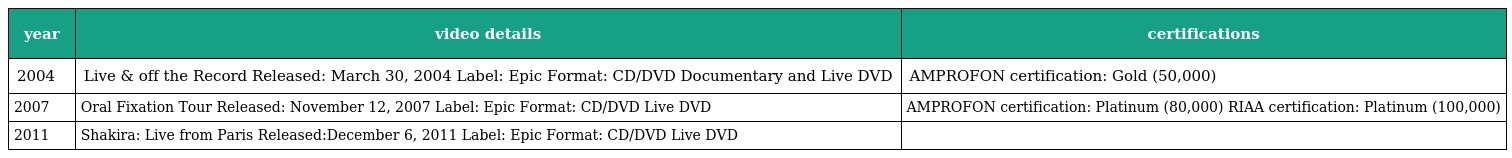
| year | video details | certifications |
 | --- | --- | --- |
 | 2004 | Live & off the Record Released: March 30, 2004 Label: Epic Format: CD/DVD Documentary and Live DVD | AMPROFON certification: Gold (50,000) |
 | 2007 | Oral Fixation Tour Released: November 12, 2007 Label: Epic Format: CD/DVD Live DVD | AMPROFON certification: Platinum (80,000) RIAA certification: Platinum (100,000) |
 | 2011 | Shakira: Live from Paris Released:December 6, 2011 Label: Epic Format: CD/DVD Live DVD |  |